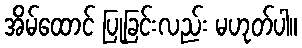
အိမ်ထောင် ပြုခြင်းလည်း မဟုတ်ပါ။